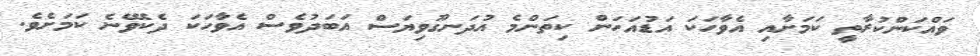
ވައްކަންކުރާތީ ކަމަށާއި އެވާހަކަ އަޑުއަހަން ކިތަންމެ އުދަނގޫވިޔަސް އަބަދުވެސް އެވާހަކަ ދެކެވޭނެ ކަމަށެވެ.